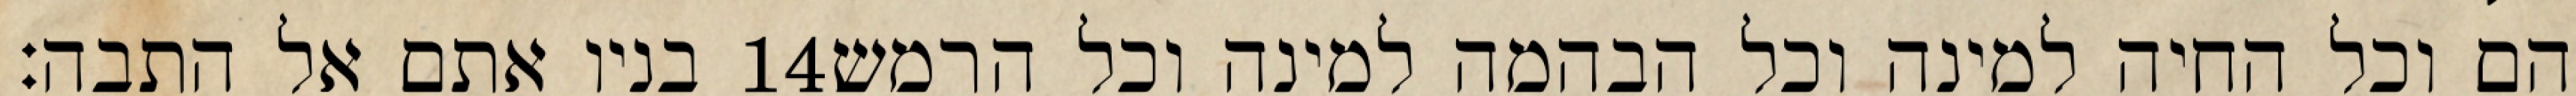
בניו אתם אל התבה׃ ‎14‏ הם וכל החיה למינה וכל הבהמה למינה וכל הרמש